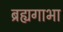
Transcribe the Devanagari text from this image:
ब्रह्यगाभा